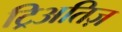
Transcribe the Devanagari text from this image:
ट्रिअतिज़